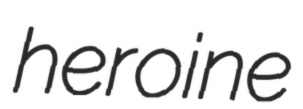
heroine